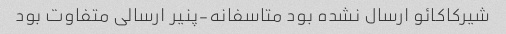
شیرکاکائو ارسال نشده بود متاسفانه-پنیر ارسالی متفاوت بود